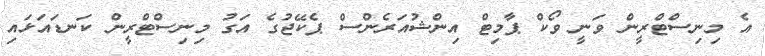
އެ މިނިސްޓްރީން ވަނީ ވޯކް ޕާމިޓް އިންޝުއަރެންސް ޕެކޭޖުގެ އަގު މިނިސްޓްރީން ކަނޑައަޅައި